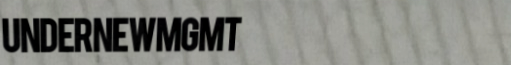
UnderNewMgmt